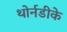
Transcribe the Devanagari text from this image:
थोर्नडीके